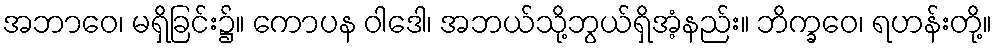
အဘာဝေ၊ မရှိခြင်း၌။ ကောပန ဝါဒေါ၊ အဘယ်သို့ဘွယ်ရှိအံ့နည်း။ ဘိက္ခဝေ၊ ရဟန်းတို့။